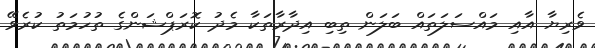
ވެރިޔާ އާއި މައްސަލަތައް ބަލަން ތިބި އިދާރާތަކާ މެދު ކޮރަޕްޝަންގެ ތުހުމަތު ކުރެވޭ